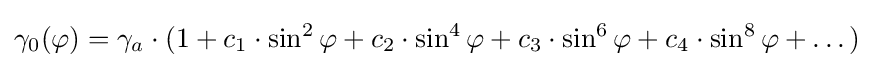
\gamma _{0}(\varphi )=\gamma _{a}\cdot (1+c_{1}\cdot \sin ^{2}\varphi +c_{2}\cdot \sin ^{4}\varphi +c_{3}\cdot \sin ^{6}\varphi +c_{4}\cdot \sin ^{8}\varphi +\dots )